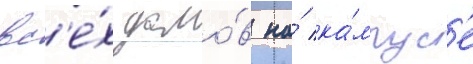
вс'е́х домо́в на́ ка́мпус'е